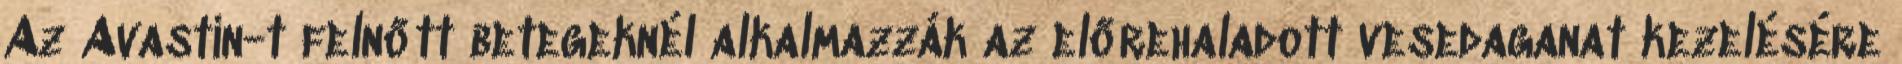
Az Avastin-t felnőtt betegeknél alkalmazzák az előrehaladott vesedaganat kezelésére